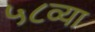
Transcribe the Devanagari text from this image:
५८व्या